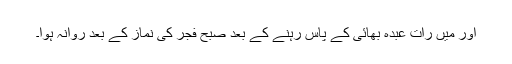
اور میں رات عبدہ بھائی کے پاس رہنے کے بعد صبح فجر کی نماز کے بعد روانہ ہوا۔